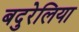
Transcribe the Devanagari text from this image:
बदुरेलिया